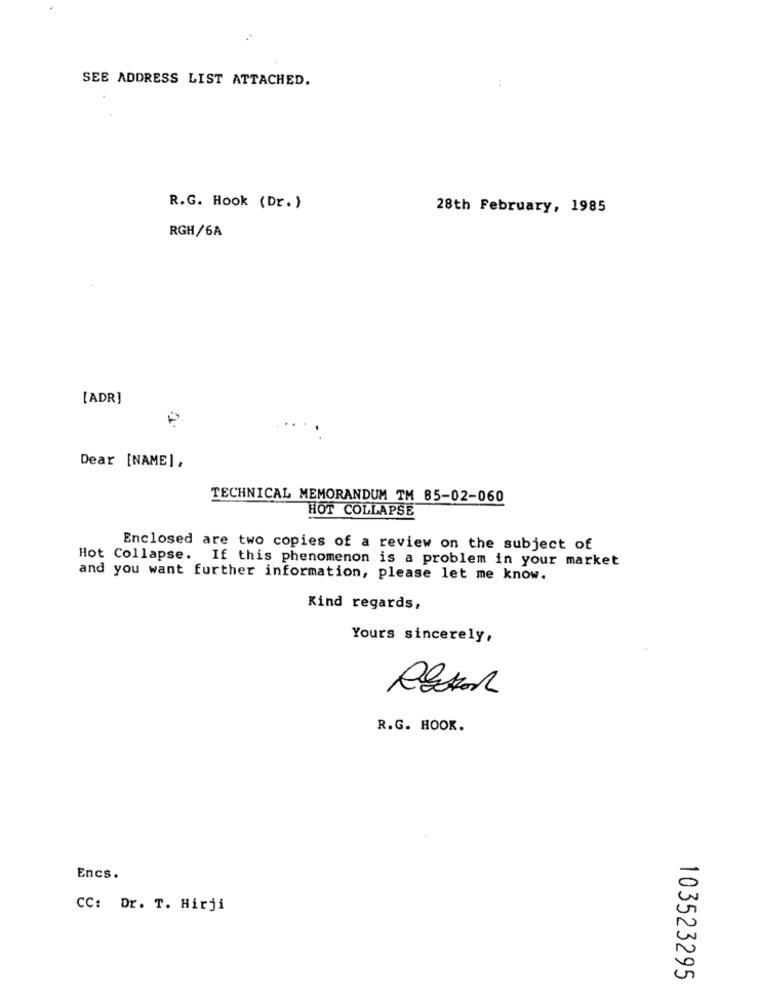
SEE ADDRESS LIST ATTACHED.
R.G. Hook (Dr. )
28th February, 1985
RGH/6A
[ADR]
Dear [NAME],
TECHNICAL MEMORANDUM TM 85-02-060
HOT COLLAPSE
Enclosed are two copies of a review on the subject of
Hot Collapse. If this phenomenon is a problem in your market
and you want further information, please let me know.
Kind regards,
Yours sincerely,
N
R.G. HOOK.
Encs.
CC: Dr. T. Hirji
103523295